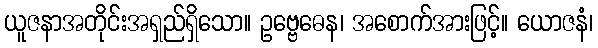
ယူဇနာအတိုင်းအရှည်ရှိသော။ ဥဗ္ဗေဓေန၊ အစောက်အားဖြင့်။ ယောဇနံ၊